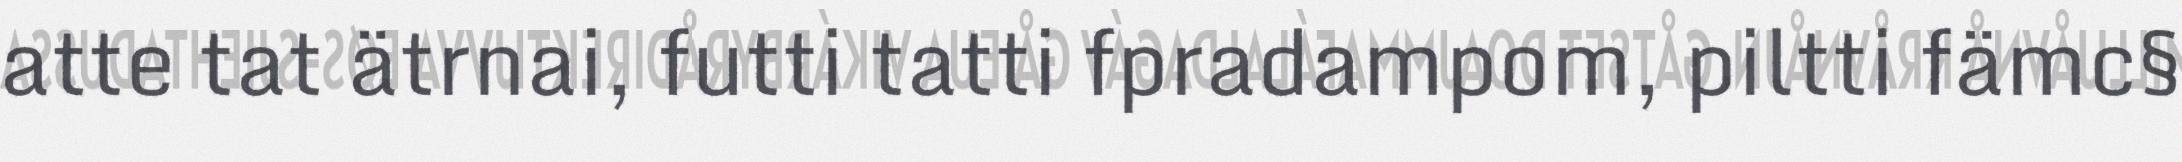
atte tat ätrnai, futti tatti fpradampom, piltti fämc§